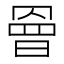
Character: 𭧀